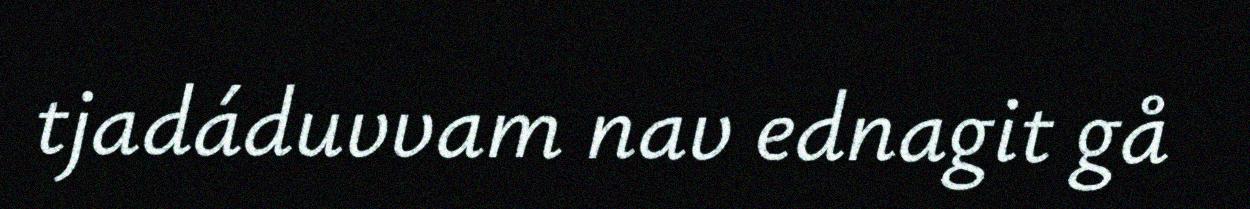
tjadáduvvam nav ednagit gå